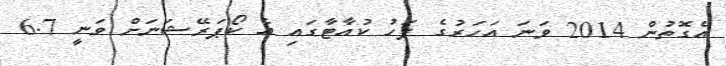
އެގޮތުން 2014 ވަނަ އަހަރުގެ ފަހު ކުއާޓާގައި އެ ކޯޕަރޭޝަނަށް ވަނީ 6.7